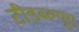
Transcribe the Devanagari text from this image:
टीडब्ल्‍यूए